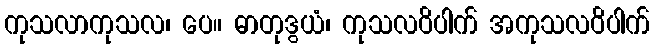
ကုသလာကုသလ၊ ပေ။ ဓာတုဒွယံ၊ ကုသလဝိပါက် အကုသလဝိပါက်